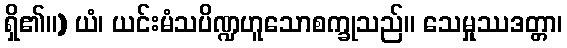
ရှိ၏။) ယံ၊ ယင်းမံသပိဏ္ဍဟူသောစက္ခုသည်။ သေမှုဿဒတ္တာ၊